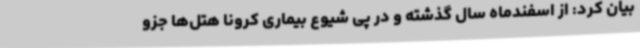
بیان کرد: از اسفندماه سال گذشته و در پی شیوع بیماری کرونا هتل‌ها جزو